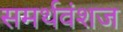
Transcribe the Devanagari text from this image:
समर्थवंशज